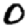
Digit: 0